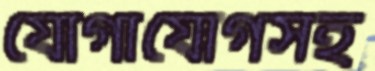
যোগাযোগসহ